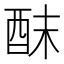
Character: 𮠢